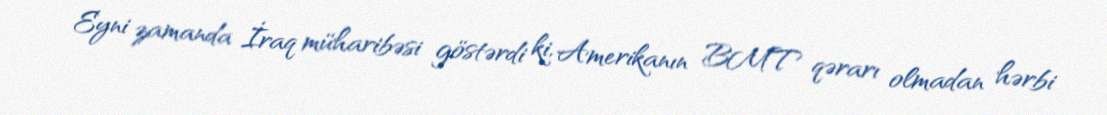
Eyni zamanda İraq müharibəsi göstərdi ki, Amerikanın BMT qərarı olmadan hərbi